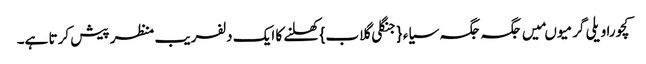
کچورا ویلی گرمیو ںمیں جگہ جگہ سیاء{جنگلی گلاب} کھلنے کا ایک دلفریب منظر پیش کرتا ہے۔